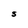
Character: S